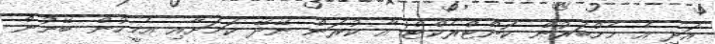
އަދި އެ މެމްބަރުން ކޮންޓްރެކްޓް އާ ކުރަން ނޭދޭ ކަމަށާއި އެމީހުން ބޭނުން